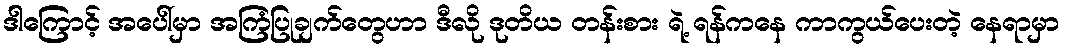
ဒါကြောင့် အပေါ်မှာ အကြံပြုချက်တွေဟာ ဒီလို ဒုတိယ တန်းစား ရဲ့ ရန်ကနေ ကာကွယ်ပေးတဲ့ နေရာမှာ